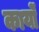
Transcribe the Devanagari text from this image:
कार्योंं